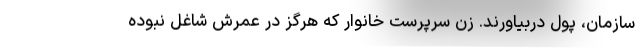
سازمان، پول دربیاورند. زن سرپرست خانوار که هرگز در عمرش شاغل نبوده